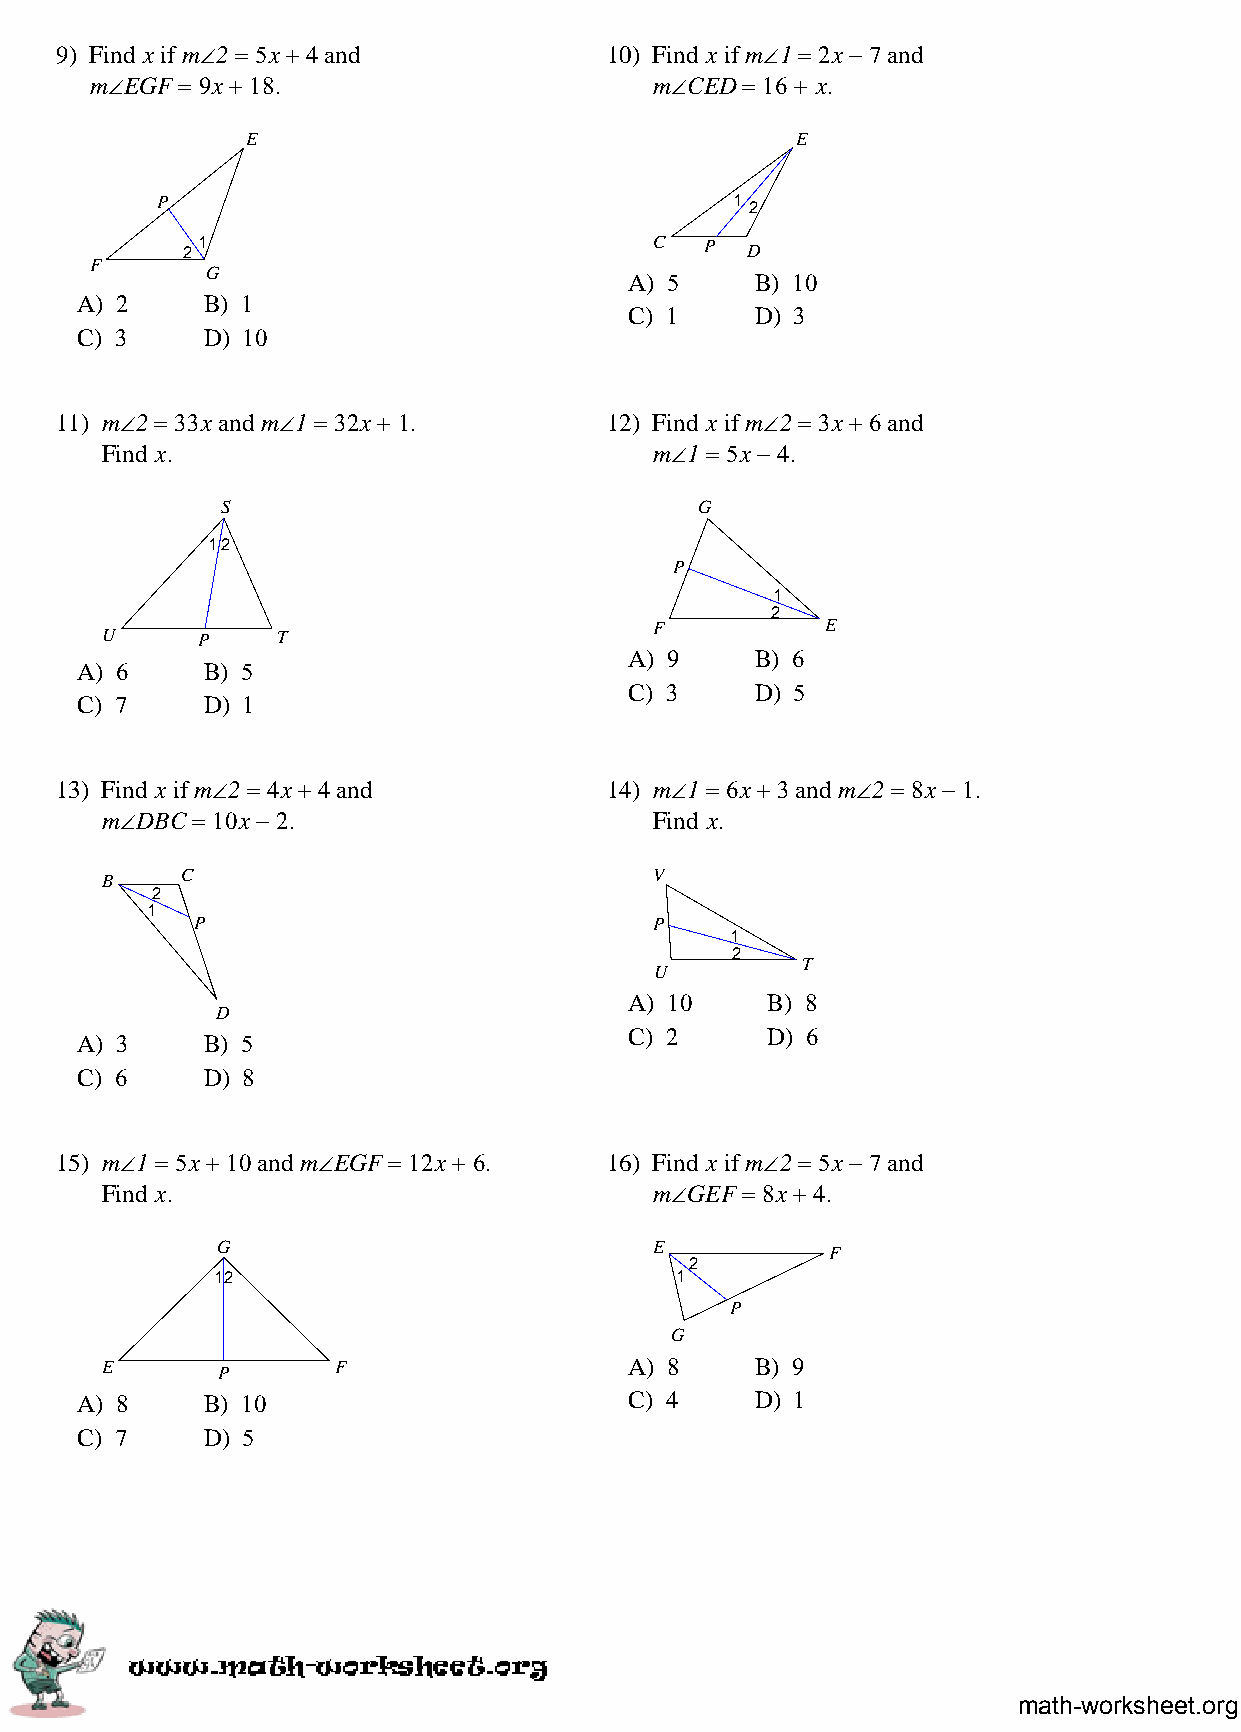
9) Find x if m∠2 = 5x + 4 and       10) Find x if m∠1 = 2x − 7 and
 m∠EGF = 9x + 18.                     m∠CED = 16 + x.
 E                                    E
 P                                     1
 2
 21                             C   P D
 F
 G
 A) 5    B) 10
 A) 2    B) 1
 C) 1    D) 3
 C) 3    D) 10
 11) m∠2 = 33x and m∠1 = 32x + 1.    12) Find x if m∠2 = 3x + 6 and
 Find x.                             m∠1 = 5x − 4.
 S                              G
 12
 P
 1
 2
 F           E
 U     P    T
 A) 9    B) 6
 A) 6    B) 5
 C) 3    D) 5
 C) 7    D) 1
 13) Find x if m∠2 = 4x + 4 and      14) m∠1 = 6x + 3 and m∠2 = 8x − 1.
 m∠DBC = 10x − 2.                    Find x.
 C                              V
 B
 2
 1
 P                             P
 1
 2
 T
 U
 A) 10    B) 8
 D
 C) 2     D) 6
 A) 3    B) 5
 C) 6    D) 8
 15) m∠1 = 5x + 10 and m∠EGF = 12x + 6. 16) Find x if m∠2 = 5x − 7 and
 Find x.                             m∠GEF = 8x + 4.
 G                            E           F
 2
 12                             1
 P
 G
 E      P       F                   A) 8    B) 9
 A) 8    B) 10                        C) 4    D) 1
 C) 7    D) 5
 math-worksheet.org